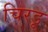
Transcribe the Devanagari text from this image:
चिरडू